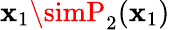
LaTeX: \mathbf{x}_{1}\simP_{2}(\mathbf{x}_{1})